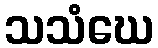
သသံဃေ